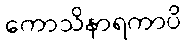
ကောသိနာရကာပိ